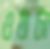
ওঠাটা